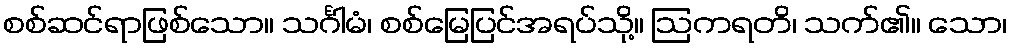
စစ်ဆင်ရာဖြစ်သော။ သင်္ဂါမံ၊ စစ်မြေပြင်အရပ်သို့။ ဩကရတိ၊ သက်၏။ သော၊